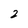
Character: 2